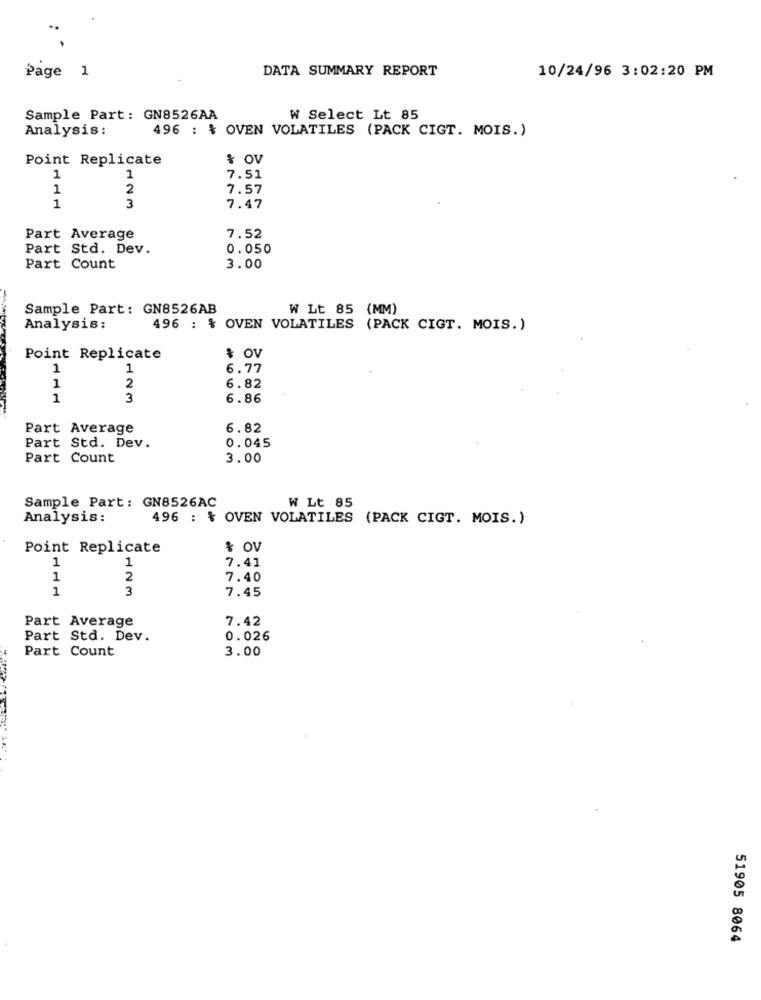
DATA SUMMARY REPORT
10/24/96 3:02:20 PM
Page 1
Sample Part: GN8526AA
W Select Lt 85
Analysis:
496 : % OVEN VOLATILES (PACK CIGT. MOIS.)
Point Replicate
& OV
1
1
7.51
1
2
7.57
1
3
7.47
Part Average
7.52
Part Std. Dev.
0.050
Part Count
3.00
Sample Part: GN8526AB
W Lt 85 (MM)
Analysis:
496 : % OVEN VOLATILES (PACK CIGT. MOIS.)
Point Replicate
& OV
1
1
6.77
2
1
6.82
1
3
6.86
Part Average
6.82
Part Std. Dev.
0.045
Part Count
3.00
Sample Part: GN8526AC
W Lt 85
Analysis:
496 : % OVEN VOLATILES (PACK CIGT. MOIS.)
Point Replicate
& OV
1
7.41
1
1
2
7.40
1
3
7.45
Part Average
7.42
Part Std. Dev.
0.026
Part Count
3.00
51905 8064